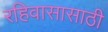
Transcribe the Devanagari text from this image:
रहिवासासाठी